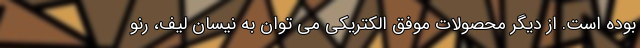
بوده است. از دیگر محصولات موفق الکتریکی می توان به نیسان لیف، رنو